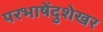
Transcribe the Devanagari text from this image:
परभाषेंदुशेखर